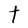
Character: t